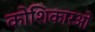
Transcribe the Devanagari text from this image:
कोशिकारओं